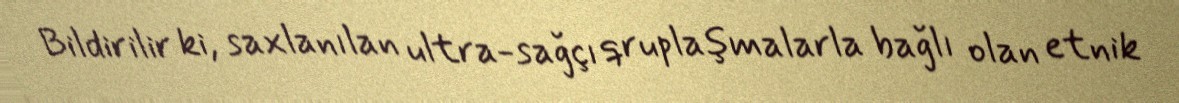
Bildirilir ki, saxlanılan ultra-sağçı qruplaşmalarla bağlı olan etnik